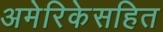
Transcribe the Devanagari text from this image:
अमेरिकेसहित